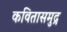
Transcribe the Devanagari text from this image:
कवितासमुद्र